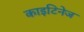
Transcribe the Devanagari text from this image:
काइटिनेज